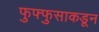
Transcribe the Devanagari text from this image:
फुफ्फुसाकडून